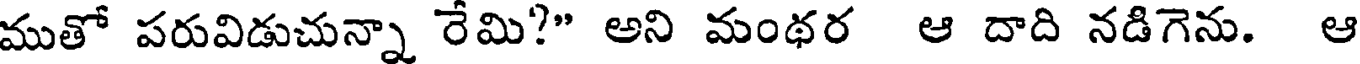
ముతో పరువిడుచున్నా రేమి?" అని మంథర ఆ దాది నడిగెను. ఆ